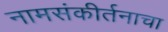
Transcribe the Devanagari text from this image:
नामसंकीर्तनाचा